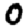
Digit: 0